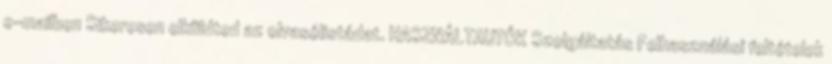
e-mailben Sikeresen elküldted az olvasólistádat. HASZNÁLTAUTÓK Szolgáltatás Felhasználási feltételek